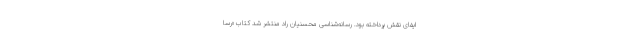
ایفای نقش پرداخته بود. رسانه‌شناسی محسنیان راد منتشر شد کتاب «رسا